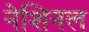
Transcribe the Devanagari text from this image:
नेशिनल